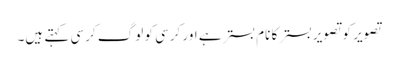
تصویر کو تصویر بستر کا نام بستر ہے اور کرسی کو لوگ کرسی کہتے ہیں۔